Indian journal of veterinary science and animal husbandry - Volume 12,
Year: 1942
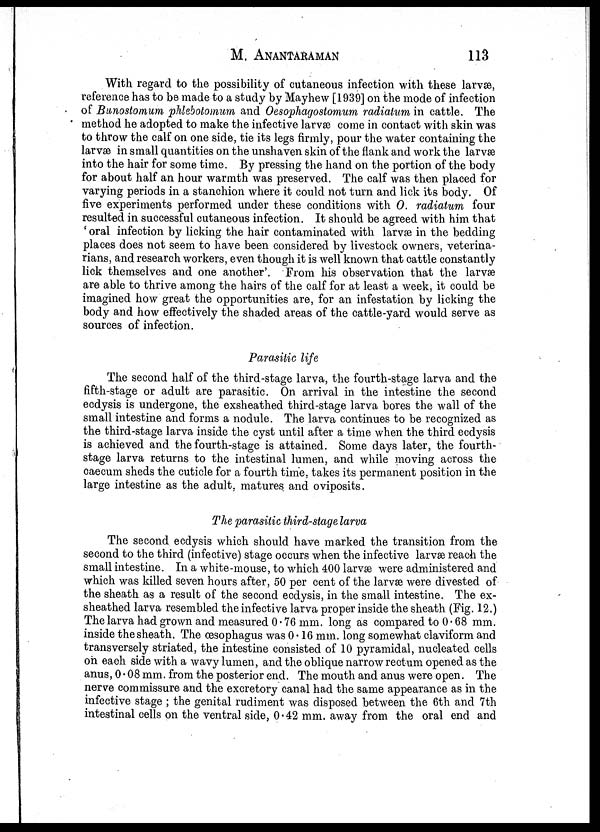
M.
ANANTARAMAN
113
With regard to the possibility of cutaneous infection with these larvæ,
reference has to be made to a study by Mayhew [1939] on the mode of infection
of Bunostomum phlebotomum and Oesophagostomum radiatum in cattle. The
method he adopted to make the infective larvæ come in contact with skin was
to throw the calf on one side, tie its legs firmly, pour the water containing the
larvæ in small quantities on the unshaven skin of the flank and work the larvæ
into the hair for some time. By pressing the hand on the portion of the body
for about half an hour warmth was preserved. The calf was then placed for
varying periods in a stanchion where it could not turn and lick its body. Of
five experiments performed under these conditions with O. radiatum four
resulted in successful cutaneous infection. It should be agreed with him that
' oral infection by licking the hair contaminated with larvæ in the bedding
places does not seem to have been considered by livestock owners, veterina-
rians, and research workers, even though it is well known that cattle constantly
lick themselves and one another'. From his observation that the larvæ
are able to thrive among the hairs of the calf for at least a week, it could be
imagined how great the opportunities are, for an infestation by licking the
body and how effectively the shaded areas of the cattle-yard would serve as
sources of infection.
Parasitic life
The second half of the third-stage larva, the fourth-stage larva and the
fifth-stage or adult are parasitic. On arrival in the intestine the second
ecdysis is undergone, the exsheathed third-stage larva bores the wall of the
small intestine and forms a nodule. The larva continues to be recognized as
the third-stage larva inside the cyst until after a time when the third ecdysis
is achieved and the fourth-stage is attained. Some days later, the fourth-
stage larva returns to the intestinal lumen, and while moving across the
caecum sheds the cuticle for a fourth time, takes its permanent position in the
large intestine as the adult, matures and oviposits.
The parasitic third-stage larva
The second ecdysis which should have marked the transition from the
second to the third (infective) stage occurs when the infective larvæ reach the
small intestine. In a white-mouse, to which 400 larvæ were administered and
which was killed seven hours after, 50 per cent of the larvæ were divested of
the sheath as a result of the second ecdysis, in the small intestine. The ex-
sheathed larva resembled the infective larva proper inside the sheath (Fig. 12.)
The larva had grown and measured 0.76 mm. long as compared to 0.68 mm.
inside the sheath. The œsophagus was 0.16 mm. long somewhat claviform and
transversely striated, the intestine consisted of 10 pyramidal, nucleated cells
on each side with a wavy lumen, and the oblique narrow rectum opened as the
anus, 0.08 mm. from the posterior end. The mouth and anus were open. The
nerve commissure and the excretory canal had the same appearance as in the
infective stage ; the genital rudiment was disposed between the 6th and 7th
intestinal cells on the ventral side, 0.42 mm. away from the oral end and